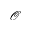
\mathcal { O }